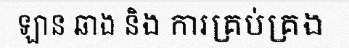
ឡាន ឆាង និង ការគ្រប់គ្រង